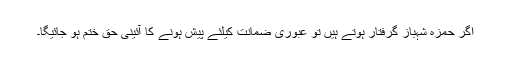
اگر حمزہ شہباز گرفتار ہوتے ہیں تو عبوری ضمانت کیلئے پیش ہونے کا آئینی حق ختم ہو جائیگا۔